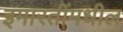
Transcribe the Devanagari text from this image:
इमारतींमधील